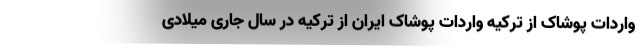
واردات پوشاک از ترکیه واردات پوشاک ایران از ترکیه در سال جاری میلادی